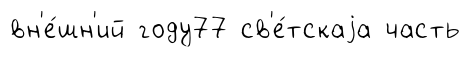
вн'е́шн'ий году77 св'е́тскаjа часть